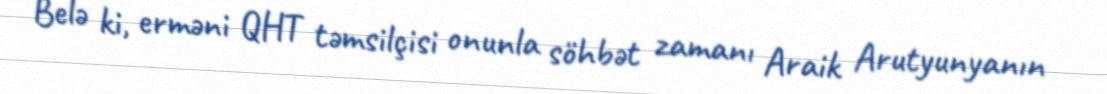
Belə ki, erməni QHT təmsilçisi onunla söhbət zamanı Araik Arutyunyanın